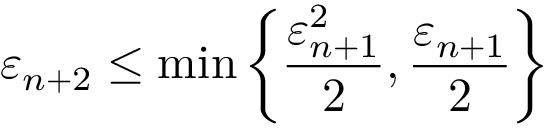
\varepsilon _ { n + 2 } \leq \operatorname* { m i n } \left\{ { \frac { \varepsilon _ { n + 1 } ^ { 2 } } { 2 } } , { \frac { \varepsilon _ { n + 1 } } { 2 } } \right\}